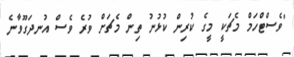
"ވެސްޓްހަމް މެޗަކީ މީގެ ކުރިން ކުޅުނު ތިން މެޗަށް ވުރެ ވެސް އުނދަގޫވާނެ